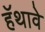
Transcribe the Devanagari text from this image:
हॅथावे